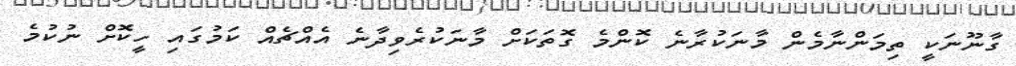
ގާނޫނަކީ ތިމަންނާމެން މާނަކުރާނެ ކޮންމެ ގޮތަކަށް މާނަކުރެވިދާނެ އެއްޗެއް ކަމުގައި ހީކޮށް ނުކުމެ